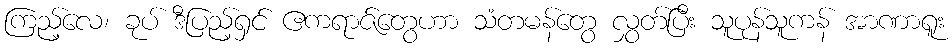
ကြည့်လေ၊ ခုပ် ဒီပြည့်ရှင် ဧကရာဇ်တွေဟာ သံတမန်တွေ လွှတ်ပြီး သူပုန်သူကန် အာဏာရူး